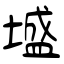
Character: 墭